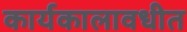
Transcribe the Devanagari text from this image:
कार्यकालावधीत